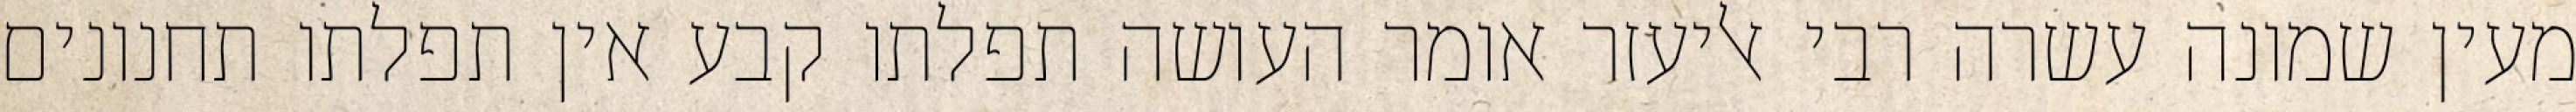
מעין שמונה עשרה רבי אליעזר אומר העושה תפלתו קבע אין תפלתו תחנונים